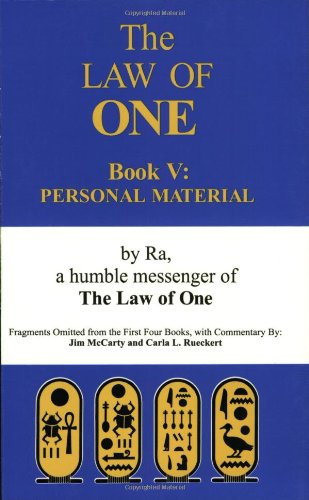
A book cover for The Law of One, Book 5: Personal Material; Ra; Religion & Spirituality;